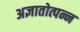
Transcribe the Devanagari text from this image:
अज्ञातोत्पन्न